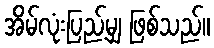
အိမ်လုံးပြည့်မျှ ဖြစ်သည်။